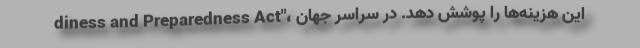
diness and Preparedness Act"، این هزینه‌ها را پوشش دهد. در سراسر جهان